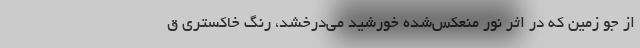
از جو زمین که در اثر نور منعکس‌شده خورشید می‌درخشد، رنگ خاکستری ق